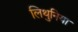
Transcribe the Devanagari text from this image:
लिथुनिया